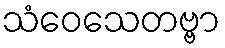
သံဝေသေတဗ္ဗာ